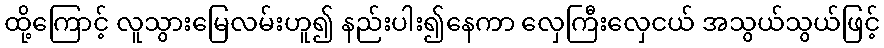
ထို့ကြောင့် လူသွားမြေလမ်းဟူ၍ နည်းပါး၍နေကာ လှေကြီးလှေငယ် အသွယ်သွယ်ဖြင့်